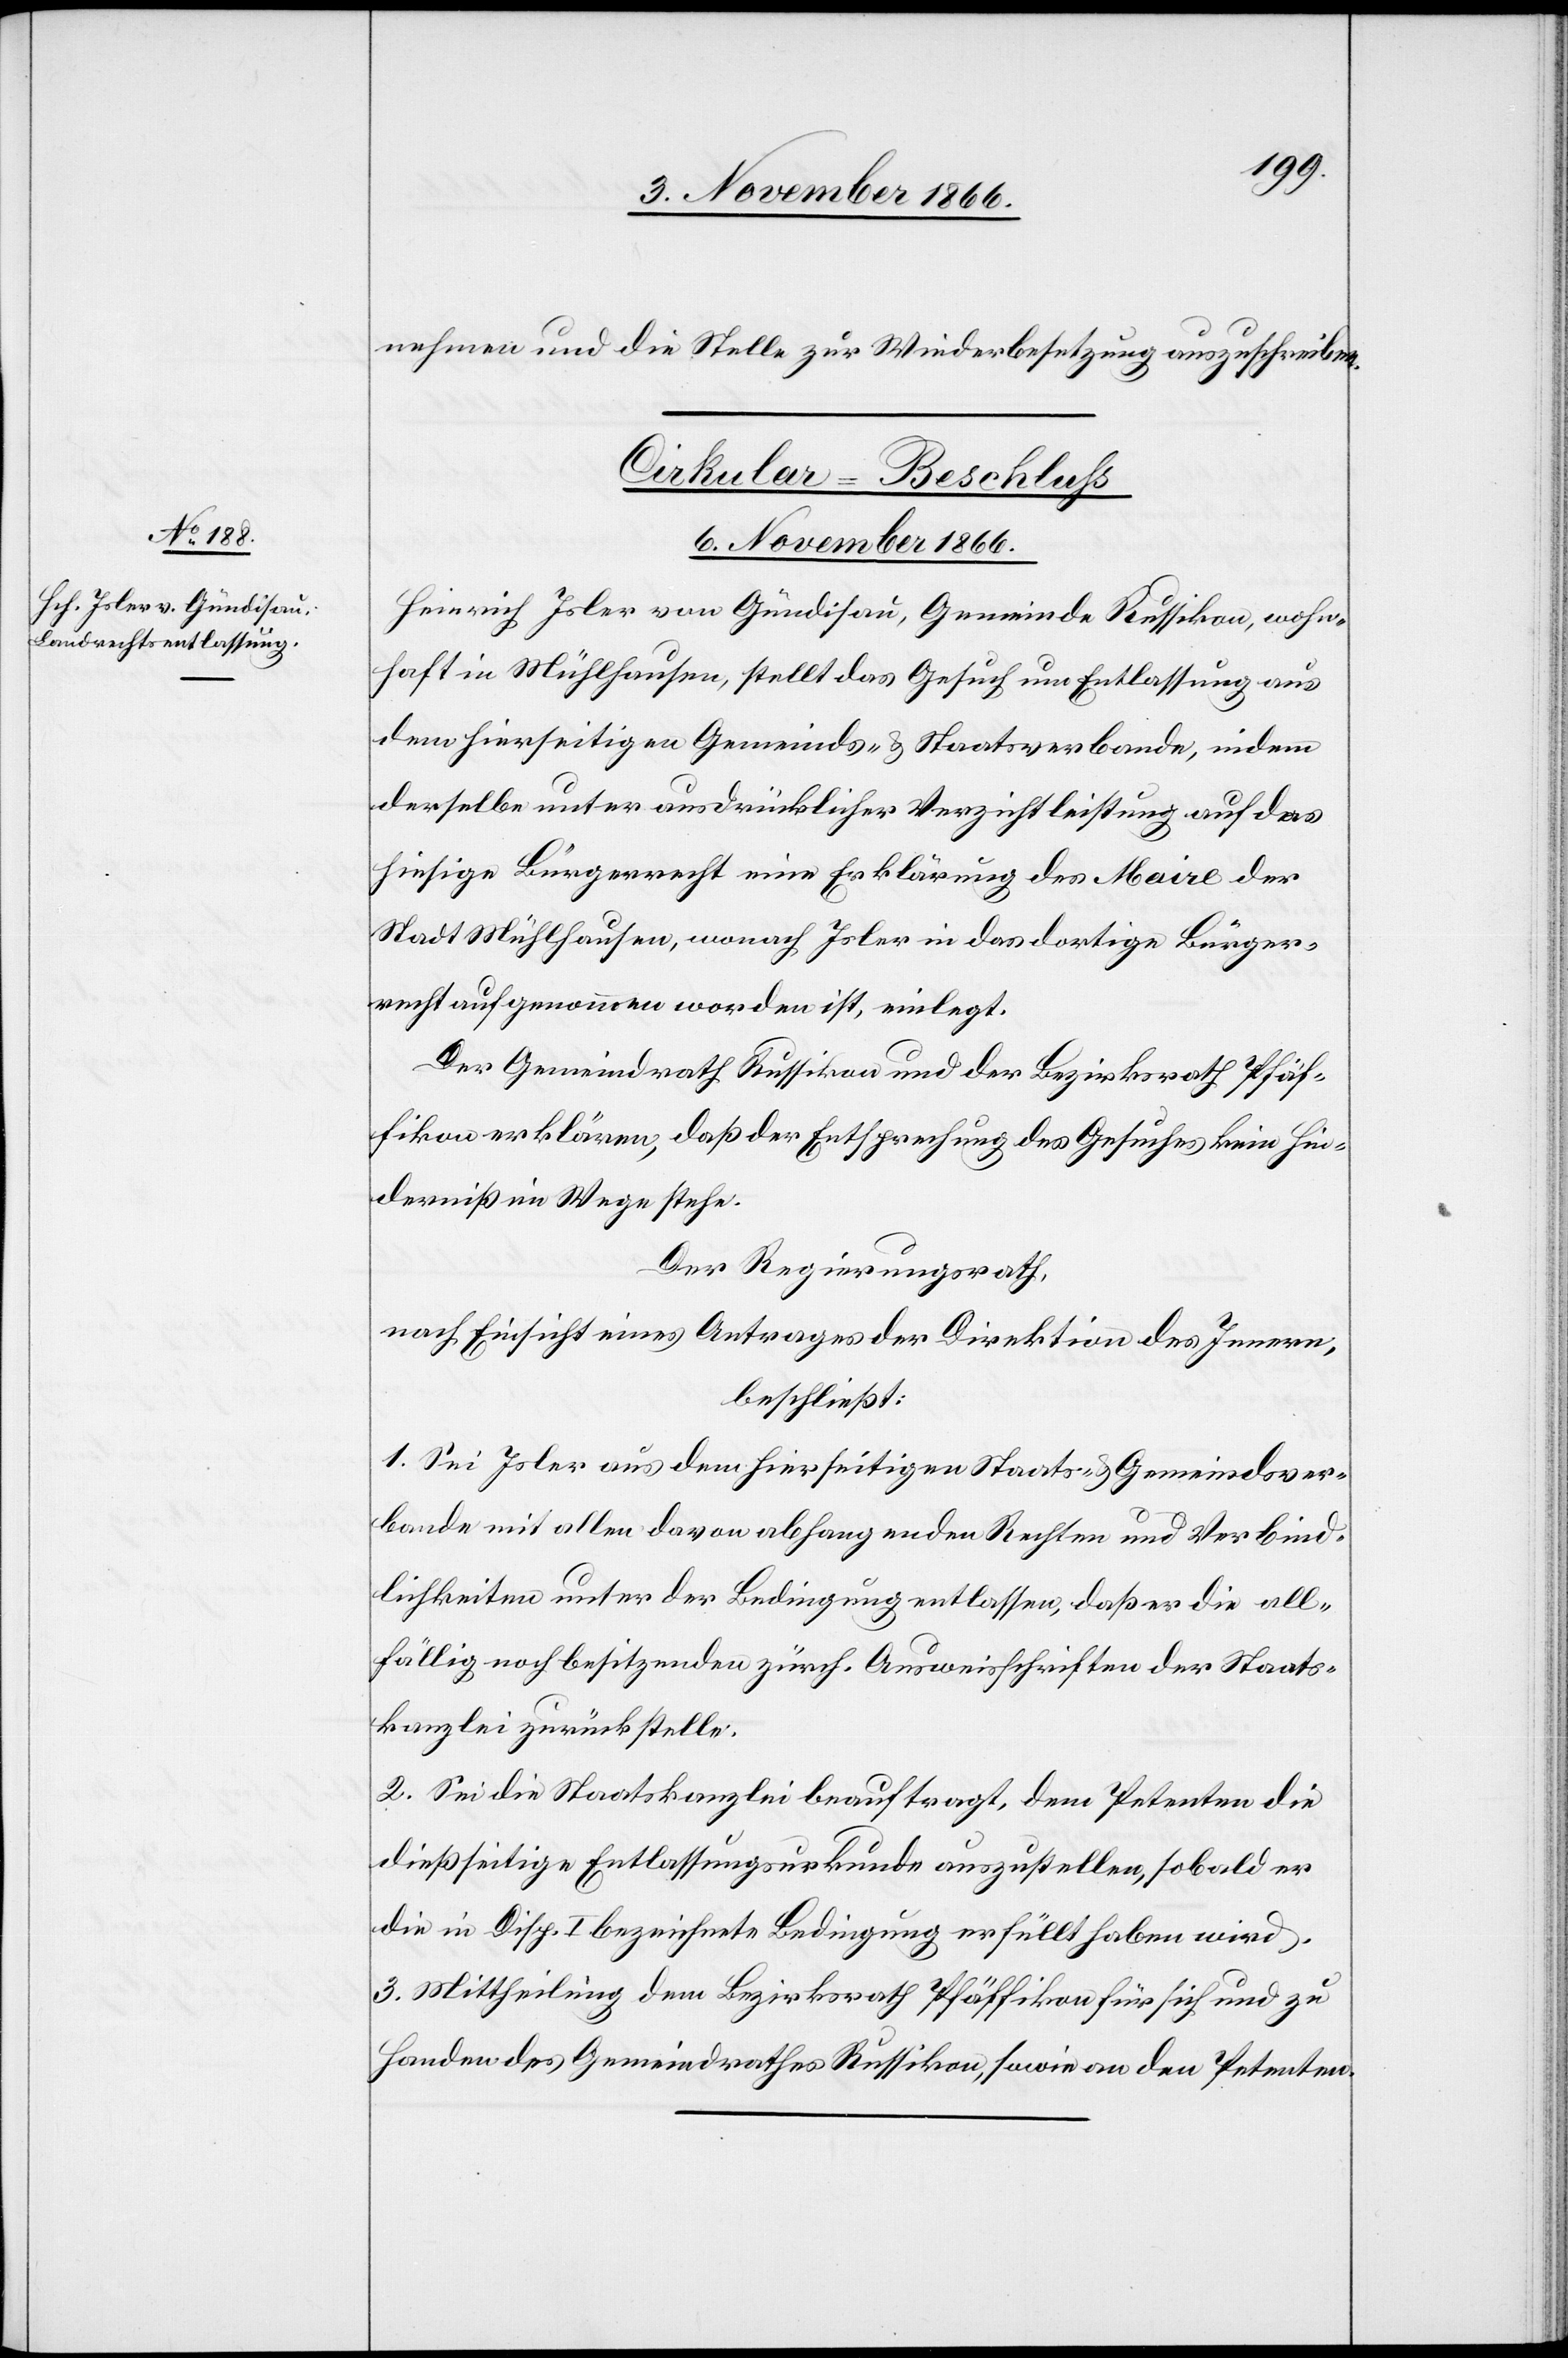
nehmen und die Stelle zur Wiederbesetzung auszuschreiben.
Cirkular-Beschluß.
6. November 1866.
Heinrich Isler von Gündisau, Gemeinde Russikon, wohn¬
haft in Mühlhausen, stellt das Gesuch um Entlassung aus
dem hierseitigen Gemeinds- & Staatsverbande, indem
derselbe unter ausdrücklicher Verzichtleistung auf das
hiesige Bürgerrecht eine Erklärung des Maire der
Stadt Mühlhausen, wonach Isler in das dortige Bürger¬
recht aufgenommen worden ist, einlegt.
Der Gemeindrath Russikon und der Bezirksrath Pfäf¬
fikon erklären, daß der Entsprechung des Gesuches kein Hin¬
derniß im Wege stehe.
Der Regierungsrath,
nach Einsicht eines Antrages der Direktion des Innern,
beschließt:
1. Sei Isler aus dem hierseitigen Staats- & Gemeindsver¬
bande mit allen davon abhangenden Rechten und Verbind¬
lichkeiten unter der Bedingung entlassen, daß er die all¬
fällig noch besitzenden zürch. Ausweisschriften der Staats¬
kanzlei zurückstelle.
2. Sei die Staatskanzlei beauftragt, dem Petenten die
dießseitige Entlassungsurkunde auszustellen, sobald er
die in Disp. I bezeichnete Bedingung erfüllt haben wird.
3. Mittheilung dem Bezirksrath Pfäffikon für sich und zu
Handen des Gemeindrathes Russikon, sowie an den Petenten.